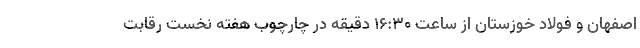
اصفهان و فولاد خوزستان از ساعت ۱۶:۳۰ دقیقه در چارچوب هفته نخست رقابت